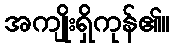
အကျိုးရှိကုန်၏။